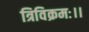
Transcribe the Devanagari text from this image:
त्रिविक्रमः।।